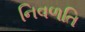
નિવળતિ